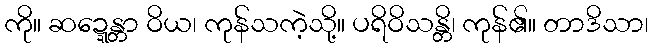
ကို။ ဆဍ္ဍေန္တာ ဝိယ၊ ကုန်သကဲ့သို့။ ပရိဝိသန္တိ၊ ကုန်၏။ တာဒိသာ၊